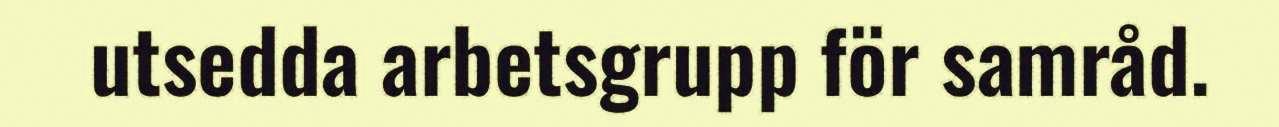
utsedda arbetsgrupp för samråd.